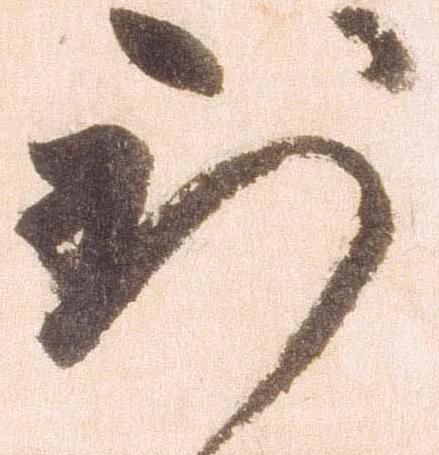
到